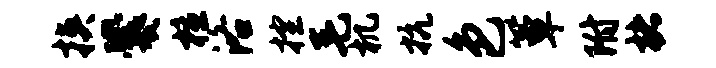
挟爨檀洛控毛机抗色簟附楮